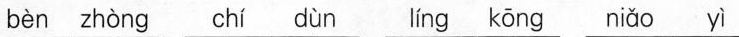
bèn zhòng chí dùn líng kōng niǎo yì